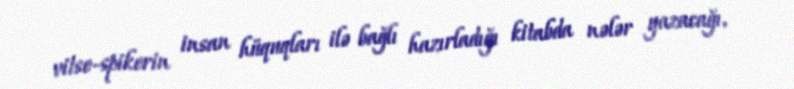
vitse-spikerin insan hüquqları ilə bağlı hazırladığı kitabda nələr yazacağı,